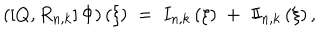
LaTeX: \left( \left[ Q , R _ { n , k } \right] \Phi \right) \left( \xi \right) \; = \; I _ { n , k } \left( \xi \right) \; + \; I \! \! I _ { n , k } \left( \xi \right) ,